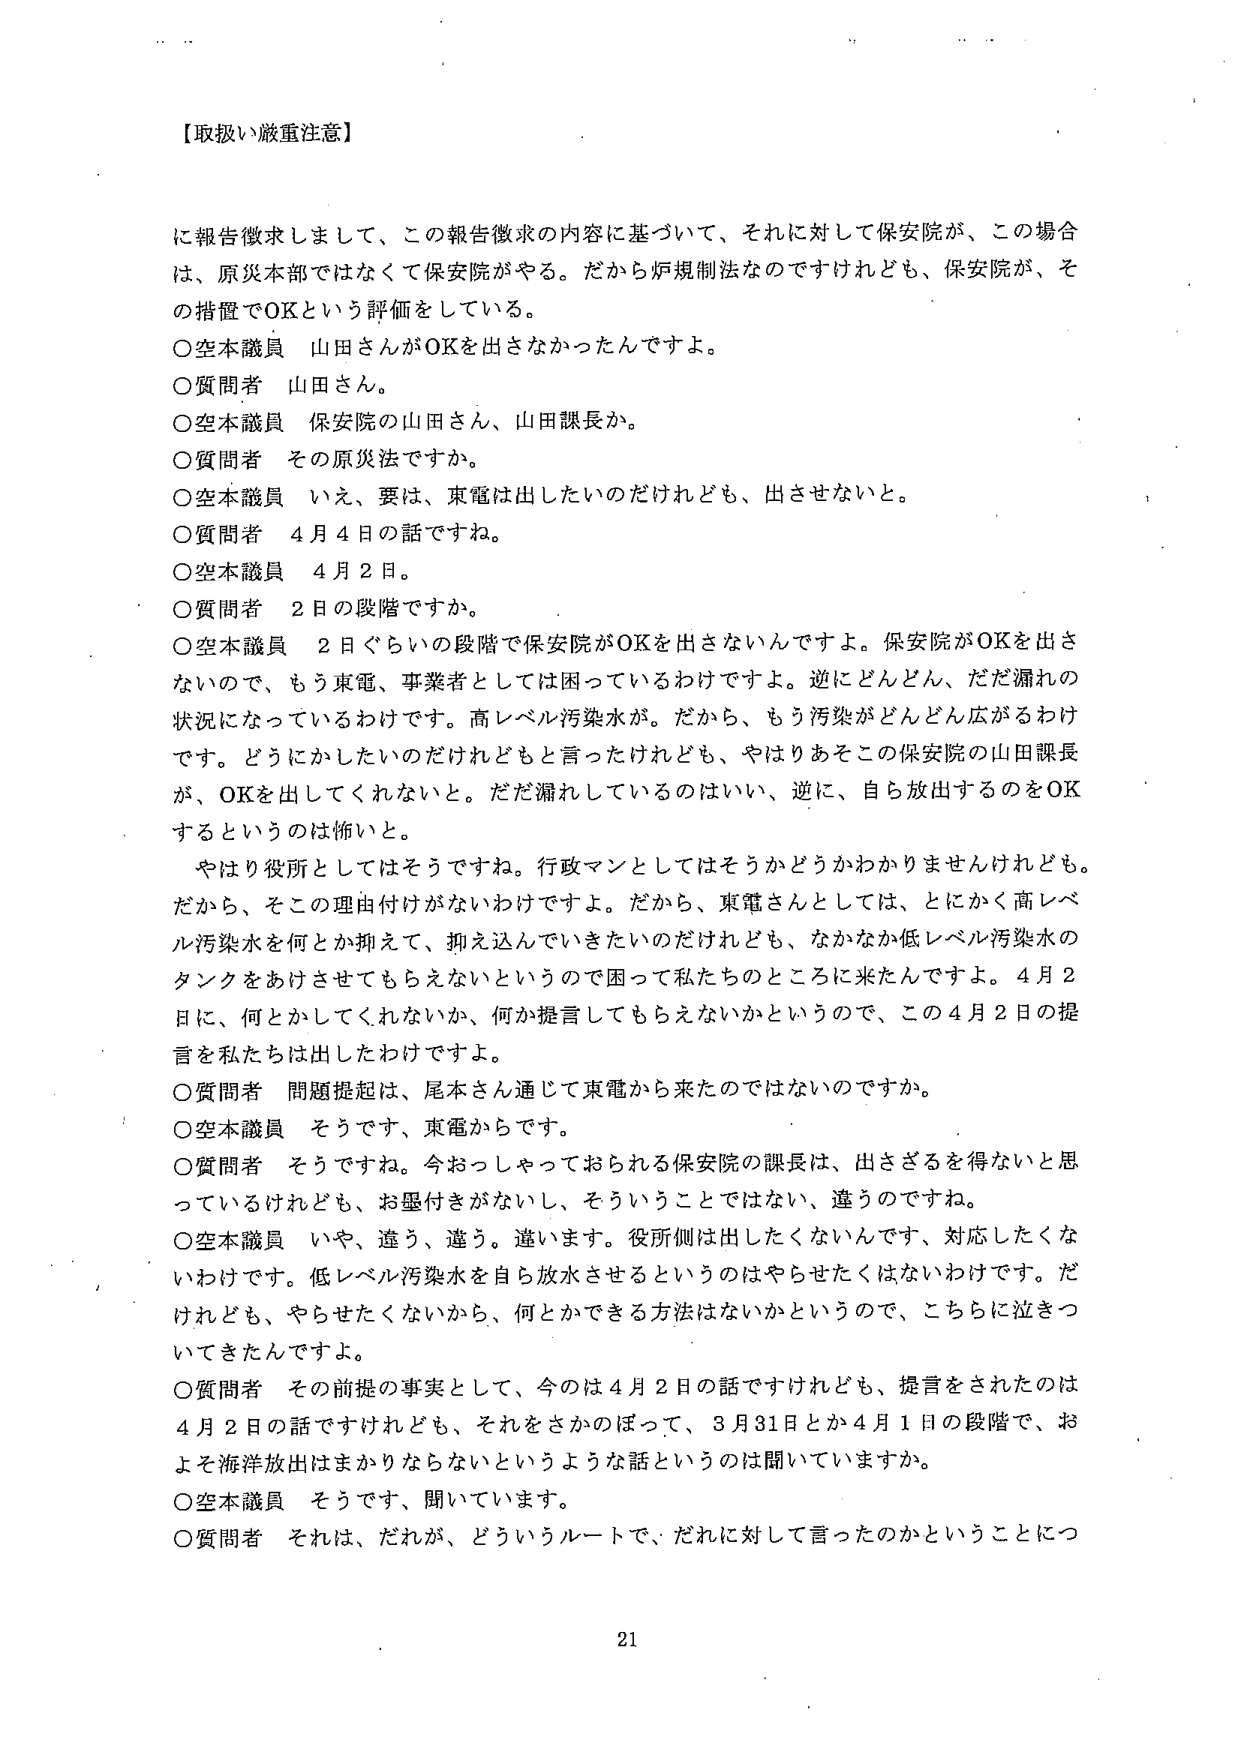
【取扱い厳重注意】

に報告徴求しまして、この報告徴求の内容に基づいて、それに対して保安院が、この場合は、原災本部ではなくて保安院がやる。だから炉規制法なのですけれども、保安院が、その措置でOKという評価をしている。

○空本議員 山田さんがOKを出さなかったんですよ。

○質問者 山田さん。

○空本議員 保安院の山田さん、山田課長か。

○質問者 その原災法ですか。

○空本議員 いえ、要は、東電は出したいのだけれども、出させないと。

○質問者 4月4日の話ですね。

○空本議員 4月2日。

○質問者 2日の段階ですか。

○空本議員 2日ぐらいの段階で保安院がOKを出さないんですよ。保安院がOKを出さないので、もう東電、事業者としては困っているわけですよ。逆にどんどん、だだ漏れの状況になっているわけです。高レベル汚染水が。だから、もう汚染がどんどん広がるわけです。どうにかしたいのだけれどもと言ったけれども、やはりあそこの保安院の山田課長が、OKを出してくれないと。だだ漏れしているのはいい、逆に、自ら放出するのをOKするというのは怖いと。

やはり役所としてはそうですね。行政マンとしてはそうかどうかわかりませんけれども。だから、そこの理由付けがないわけですよ。だから、東電さんとしては、とにかく高レベル汚染水を何とか抑えて、抑え込んでいきたいのだけれども、なかなか低レベル汚染水のタンクをあけさせてもらえないというので困って私たちのところに来たんですよ。4月2日に、何とかしてくれないか、何か提言してもらえないかというので、この4月2日の提言を私たちは出したわけですよ。

○質問者 問題提起は、尾本さん通じて東電から来たのではないのですか。

○空本議員 そうです、東電からです。

○質問者 そうですね。今おっしゃっておられる保安院の課長は、出さざるを得ないと思っているけれども、お墨付きがないし、そういうことではない、違うのですね。

○空本議員 いや、違う、違う。違います。役所側は出したくないんです、対応したくないわけです。低レベル汚染水を自ら放水させるというのはやらせたくないわけです。だけれども、やらせたくないから、何とかできる方法はないかというので、こちらに泣きついてきたんですよ。

○質問者 その前提の事実として、今のは4月2日の話ですけれども、提言をされたのは4月2日の話ですけれども、それをさかのぼって、3月31日とか4月1日の段階で、およそ海洋放出はまかりならないというような話というのは聞いていますか。

○空本議員 そうです、聞いています。

○質問者 それは、だれが、どういうルートで、だれに対して言ったのかということにつ

21